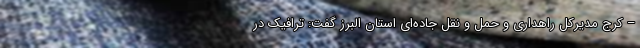
– کرج مدیرکل راهداری و حمل و نقل جاده‌ای استان البرز گفت: ترافیک در